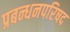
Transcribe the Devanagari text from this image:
प्रबन्धनपरिषद